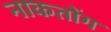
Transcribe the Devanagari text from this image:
नाकतोंग